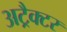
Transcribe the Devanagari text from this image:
अट्रैक्टर